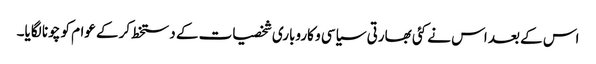
اس کے بعد اس نے کئی بھارتی سیاسی و کاروباری شخصیات کے دستخط کرکے عوام کو چونا لگایا۔